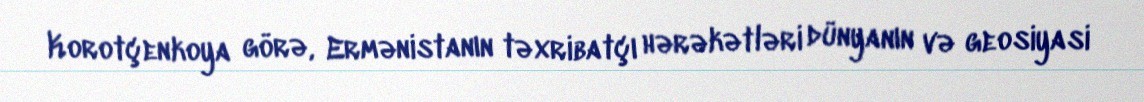
Korotçenkoya görə, Ermənistanın təxribatçı hərəkətləri dünyanın və geosiyasi